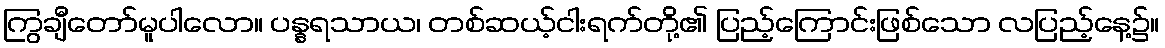
ကြွချီတော်မူပါလော။ ပန္နရသာယ၊ တစ်ဆယ့်ငါးရက်တို့၏ ပြည့်ကြောင်းဖြစ်သော လပြည့်နေ့၌။